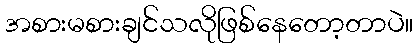
အစားမစားချင်သလိုဖြစ်နေတော့တာပဲ။